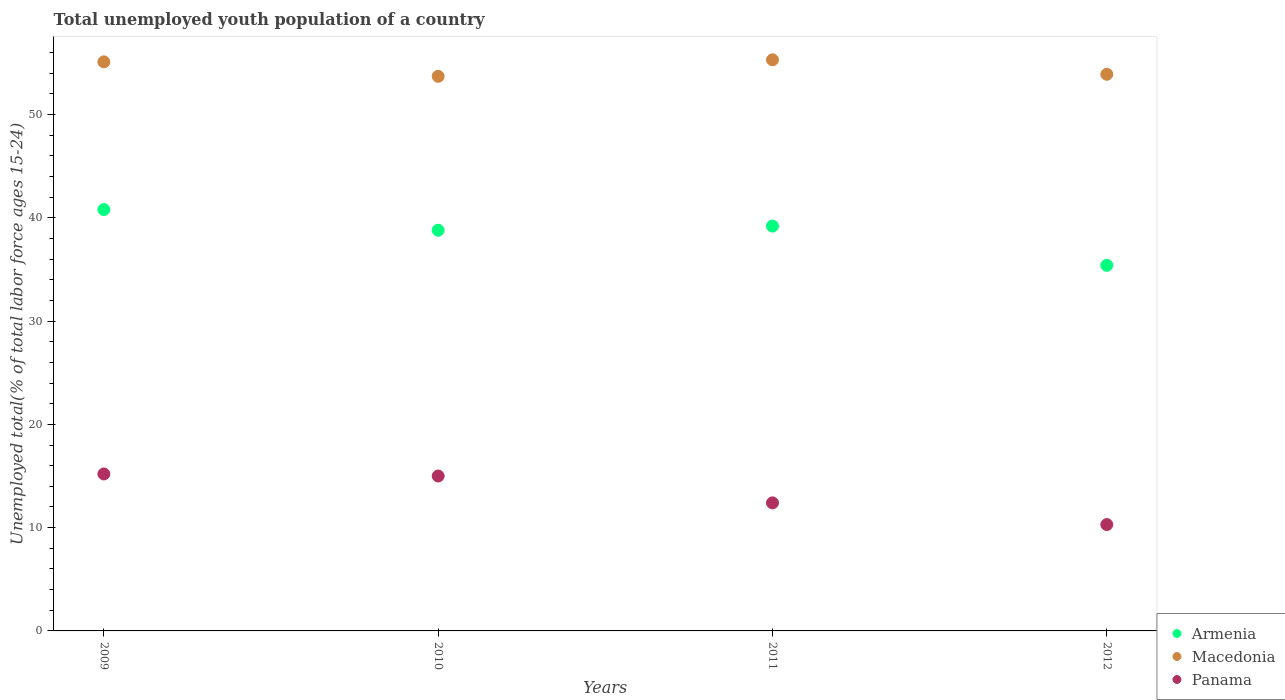
| Years | Armenia | Macedonia | Panama |
 | --- | --- | --- | --- |
 | 2009 | 40.8 | 55.1 | 15.2 |
 | 2010 | 38.8 | 53.7 | 15 |
 | 2011 | 39.2 | 55.3 | 12.4 |
 | 2012 | 35.4 | 53.9 | 10.3 |